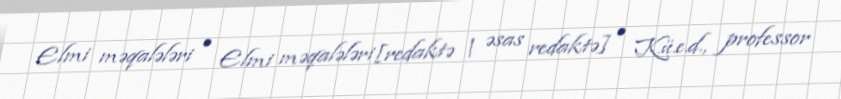
Elmi məqalələri • Elmi məqalələri[redaktə | əsas redaktə] • K.ü.e.d., professor